Newspaper: The Troy herald. [volume]
Place of publication: Troy, Mo.
Publisher: Fisher & Mudd
Date: 1875-06-16 00:00:00
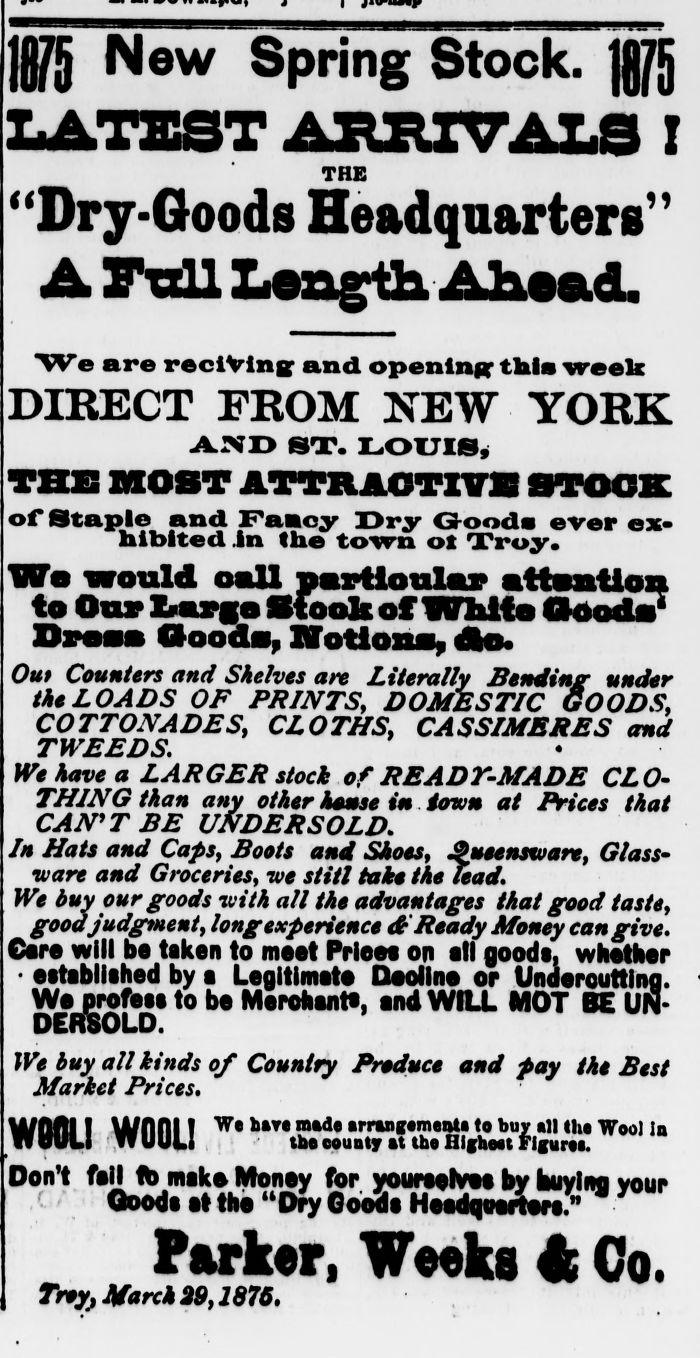
Advertisement text (OCR):
Iff New Spring Stock. "Dry-Goods Headquarters" A Full Length Ahsjad. We are reciVinn and opening this weelr DIRECT FROM NEW YORK AND ST. LOUIS) THIS MOST ATTRAOTIVfi STOCK of Staple and Fancy Dry Goods ever ex hibited in the town ot Troy. We would oall partloulmr attention to Our lVargo Stook of Whit a OdodaV Dpti Oooda. lVotiona, to. Out Counters and Shelves are Literally Bending under the LOADS OF PRINTS, DOMESTIC GOODS. COTTONADES, CLOTHS, CASSIMERES and TWEEDS. We have a LARGER stock of READY-MADE CLO THING than any other hsmse in . iown at Prices that CAN'T BE UNDERSOLD. In Hats and Caps, Boots and Shoes, Sueensware, Glass ware and Groceries, we stitl take the lead. We buy our goods with all the advantages that good taste, good judgment, long experience & Ready Money can give. Care will be taken to meet Prleea on all goods, whether established by a Legitimate Deollne or Undercutting. We profess to be Merchants, and WILL MOT BE UN DERSOLD. We buy all kinds of Country Produce and pay the Best Market Prices. WBOL! WOOL! Wetv,OT Don't fail lb make Monev Qooda at the "Dry Goods Heedqtrartere." Parker, Weeks 4t Go. Troy; March 29,1876. THE for vouraerVea bv kuvlim vntin 185 r
Label: text-only